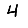
Digit: 4